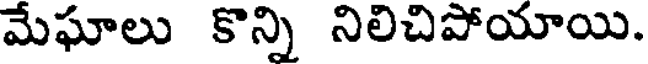
మేఘాలు కొన్ని నిలిచిపోయాయి.